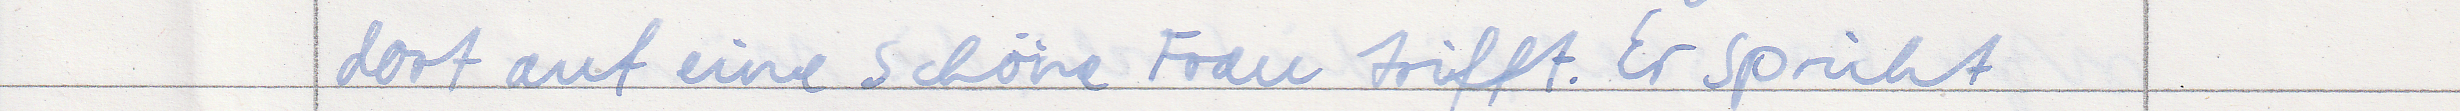
dort auf eine schöne Frau trifft. Er spricht